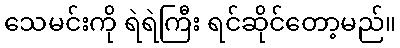
သေမင်းကို ရဲရဲကြီး ရင်ဆိုင်တော့မည်။